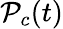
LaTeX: \mathcal{P}_{c}(t)